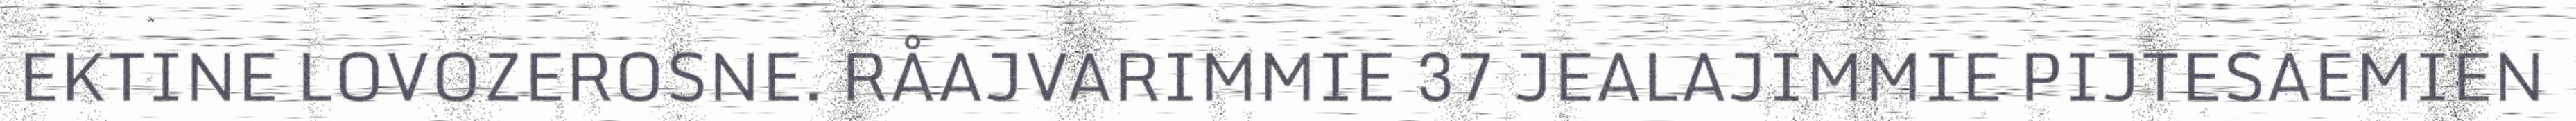
EKTINE LOVOZEROSNE. RÅAJVARIMMIE 37 JEALAJIMMIE PIJTESAEMIEN